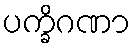
ပက္ခိဂဏာ